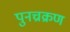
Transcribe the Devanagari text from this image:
पुनच्रक्रण